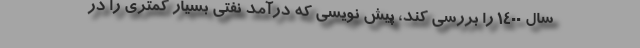
سال 1400 را بررسی کند، پیش نویسی که درآمد نفتی بسیار کمتری را در